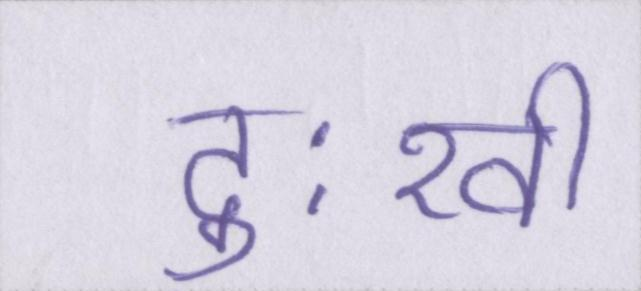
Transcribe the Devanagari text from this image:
दुःखी